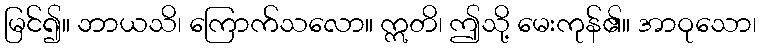
မြင်၍။ ဘာယသိ၊ ကြောက်သလော။ ဣတိ၊ ဤသို့ မေးကုန်၏။ အာဝုသော၊